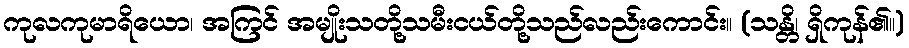
ကုလကုမာရိယော၊ အကြင် အမျိုးသတို့သမီးငယ်တို့သည်လည်းကောင်း။ (သန္တိ၊ ရှိကုန်၏။)